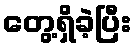
တွေ့ရှိခဲ့ပြီး